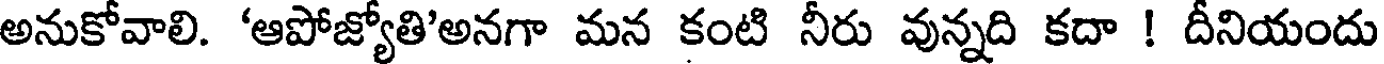
అనుకోవాలి. 'ఆపోజ్యోతి'అనగా మన కంటి నీరు వున్నది కదా ! దీనియందు